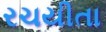
રચયીતા